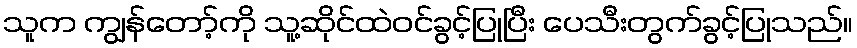
သူက ကျွန်တော့်ကို သူ့ဆိုင်ထဲဝင်ခွင့်ပြုပြီး ပေသီးတွက်ခွင့်ပြုသည်။